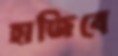
হাজিবে